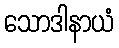
သောဒါနာယံ